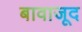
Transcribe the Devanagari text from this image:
बावाजूद